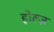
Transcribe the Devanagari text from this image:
होल्ज़